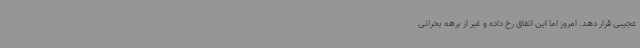
عجیبی قرار دهد. امروز اما این اتفاق رخ داده و غیر از برهه بحرانی